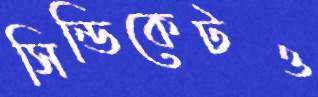
সিন্ডিকেটও